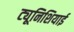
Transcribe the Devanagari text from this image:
ट्यूनिशियाई